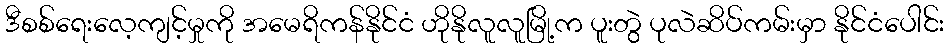
ဒီစစ်ရေးလေ့ကျင့်မှုကို အမေရိကန်နိုင်ငံ ဟိုနိုလူလူမြို့က ပူးတွဲ ပုလဲဆိပ်ကမ်းမှာ နိုင်ငံပေါင်း